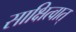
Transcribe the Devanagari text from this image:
साक्षित्वात्